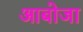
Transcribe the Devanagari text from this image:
आबोजा